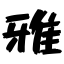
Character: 雅